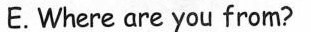
E. Where are you from?